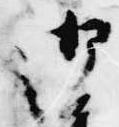
御